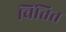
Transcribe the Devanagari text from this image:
चिंतित